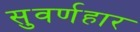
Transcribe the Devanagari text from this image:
सुवर्णहार